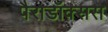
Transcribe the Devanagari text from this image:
पैराडॉक्सस